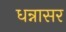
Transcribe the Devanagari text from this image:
धन्नासर